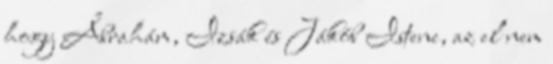
hogy Ábrahám, Izsák és Jákób Istene, az el nem